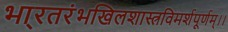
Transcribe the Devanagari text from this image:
भा्रतरंभखिलशास्त्रविमर्शपूर्णम्।।